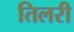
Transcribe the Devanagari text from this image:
तिलरी